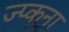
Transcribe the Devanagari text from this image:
ज्प्कना